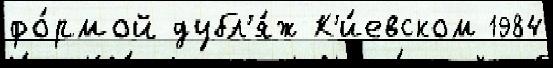
фо́рмой дубл'я́ж К'и́евском 1984